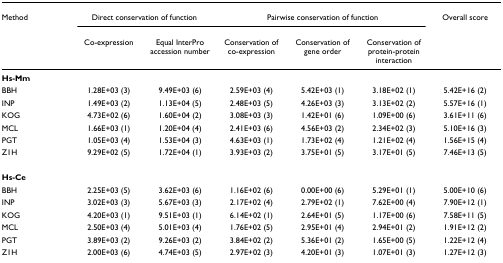
<table><thead><tr><td><b>Method</b></td><td colspan="2"><b>Direct conservation of function</b></td><td colspan="3"><b>Pairwise conservation of function</b></td><td><b>Overall score</b></td></tr><tr><td></td><td><b>Co-expression</b></td><td><b>Equal InterPro accession number</b></td><td><b>Conservation of co-expression</b></td><td><b>Conservation of gene order</b></td><td><b>Conservation of protein-protein interaction</b></td><td></td></tr></thead><tbody><tr><td><b>Hs-Mm</b></td><td></td><td></td><td></td><td></td><td></td><td></td></tr><tr><td>BBH</td><td>1.28E+03 (3)</td><td>9.49E+03 (6)</td><td>2.59E+03 (4)</td><td>5.42E+03 (1)</td><td>3.18E+02 (1)</td><td>5.42E+16 (2)</td></tr><tr><td>INP</td><td>1.49E+03 (2)</td><td>1.13E+04 (5)</td><td>2.48E+03 (5)</td><td>4.26E+03 (3)</td><td>3.13E+02 (2)</td><td>5.57E+16 (1)</td></tr><tr><td>KOG</td><td>4.73E+02 (6)</td><td>1.60E+04 (2)</td><td>3.08E+03 (3)</td><td>1.42E+01 (6)</td><td>1.09E+00 (6)</td><td>3.61E+11 (6)</td></tr><tr><td>MCL</td><td>1.66E+03 (1)</td><td>1.20E+04 (4)</td><td>2.41E+03 (6)</td><td>4.56E+03 (2)</td><td>2.34E+02 (3)</td><td>5.10E+16 (3)</td></tr><tr><td>PGT</td><td>1.05E+03 (4)</td><td>1.53E+04 (3)</td><td>4.63E+03 (1)</td><td>1.73E+02 (4)</td><td>1.21E+02 (4)</td><td>1.56E+15 (4)</td></tr><tr><td>Z1H</td><td>9.29E+02 (5)</td><td>1.72E+04 (1)</td><td>3.93E+03 (2)</td><td>3.75E+01 (5)</td><td>3.17E+01 (5)</td><td>7.46E+13 (5)</td></tr><tr><td><b>Hs-Ce</b></td><td></td><td></td><td></td><td></td><td></td><td></td></tr><tr><td>BBH</td><td>2.25E+03 (5)</td><td>3.62E+03 (6)</td><td>1.16E+02 (6)</td><td>0.00E+00 (6)</td><td>5.29E+01 (1)</td><td>5.00E+10 (6)</td></tr><tr><td>INP</td><td>3.02E+03 (3)</td><td>5.67E+03 (3)</td><td>2.17E+02 (4)</td><td>2.79E+02 (1)</td><td>7.62E+00 (4)</td><td>7.90E+12 (1)</td></tr><tr><td>KOG</td><td>4.20E+03 (1)</td><td>9.51E+03 (1)</td><td>6.14E+02 (1)</td><td>2.64E+01 (5)</td><td>1.17E+00 (6)</td><td>7.58E+11 (5)</td></tr><tr><td>MCL</td><td>2.50E+03 (4)</td><td>5.01E+03 (4)</td><td>1.76E+02 (5)</td><td>2.95E+01 (4)</td><td>2.94E+01 (2)</td><td>1.91E+12 (2)</td></tr><tr><td>PGT</td><td>3.89E+03 (2)</td><td>9.26E+03 (2)</td><td>3.84E+02 (2)</td><td>5.36E+01 (2)</td><td>1.65E+00 (5)</td><td>1.22E+12 (4)</td></tr><tr><td>Z1H</td><td>2.00E+03 (6)</td><td>4.74E+03 (5)</td><td>2.97E+02 (3)</td><td>4.20E+01 (3)</td><td>1.07E+01 (3)</td><td>1.27E+12 (3)</td></tr></tbody></table>